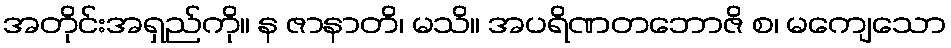
အတိုင်းအရှည်ကို။ န ဇာနာတိ၊ မသိ။ အပရိဏတဘောဇိ စ၊ မကျေသော